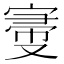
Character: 𡩠